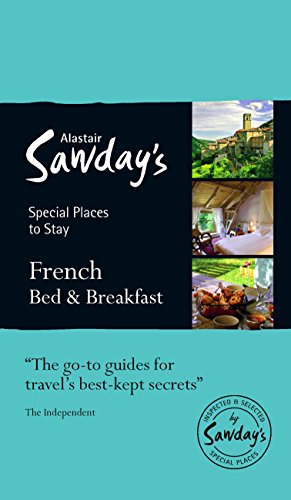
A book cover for Special Places to Stay: French Bed & Breakfast; Alastair Sawday Publishing Co Ltd.; Travel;